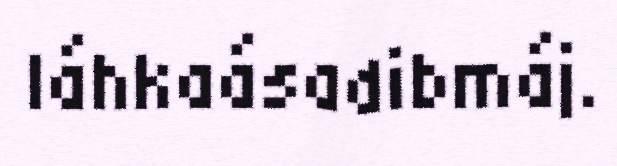
láhkaásadibmáj.